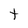
Character: t